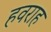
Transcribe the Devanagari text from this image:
हवराह